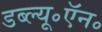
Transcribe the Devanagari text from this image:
डब्ल्यू॰ऍन॰